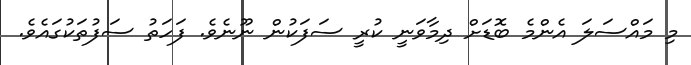
މި މައްސަލަ އެންމެ ބޮޑަށް ދިމާވަނީ ކުރީ ސަފަކުން ނޫނެވެ. ފަހަތު ސަފުތަކުގައެވެ.